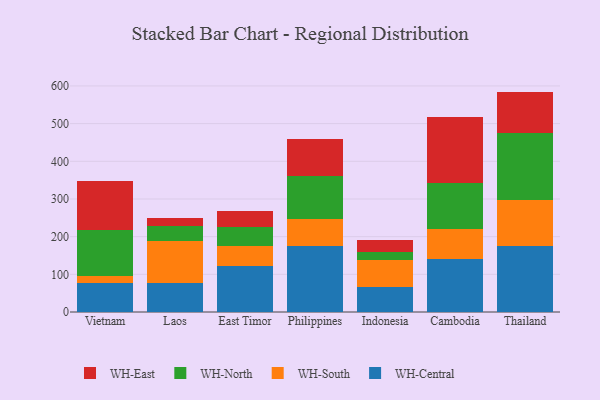
{"axis": {"x": "Country", "y": "Energy Usage (MWh)"}, "legend": ["WH-Central", "WH-East", "WH-North", "WH-South"], "data": [{"x": "Vietnam", "y": 78.1, "type": "WH-Central"}, {"x": "Vietnam", "y": 17.5, "type": "WH-South"}, {"x": "Vietnam", "y": 121.8, "type": "WH-North"}, {"x": "Vietnam", "y": 130.2, "type": "WH-East"}, {"x": "Laos", "y": 77.3, "type": "WH-Central"}, {"x": "Laos", "y": 109.9, "type": "WH-South"}, {"x": "Laos", "y": 41.6, "type": "WH-North"}, {"x": "Laos", "y": 21.1, "type": "WH-East"}, {"x": "East Timor", "y": 121.5, "type": "WH-Central"}, {"x": "East Timor", "y": 53.8, "type": "WH-South"}, {"x": "East Timor", "y": 50.6, "type": "WH-North"}, {"x": "East Timor", "y": 43.1, "type": "WH-East"}, {"x": "Philippines", "y": 176.3, "type": "WH-Central"}, {"x": "Philippines", "y": 71.5, "type": "WH-South"}, {"x": "Philippines", "y": 112.6, "type": "WH-North"}, {"x": "Philippines", "y": 99.4, "type": "WH-East"}, {"x": "Indonesia", "y": 65.9, "type": "WH-Central"}, {"x": "Indonesia", "y": 73.2, "type": "WH-South"}, {"x": "Indonesia", "y": 19.6, "type": "WH-North"}, {"x": "Indonesia", "y": 32.7, "type": "WH-East"}, {"x": "Cambodia", "y": 141.4, "type": "WH-Central"}, {"x": "Cambodia", "y": 77.7, "type": "WH-South"}, {"x": "Cambodia", "y": 123.4, "type": "WH-North"}, {"x": "Cambodia", "y": 175.3, "type": "WH-East"}, {"x": "Thailand", "y": 176.1, "type": "WH-Central"}, {"x": "Thailand", "y": 121.6, "type": "WH-South"}, {"x": "Thailand", "y": 176.7, "type": "WH-North"}, {"x": "Thailand", "y": 110.6, "type": "WH-East"}]}